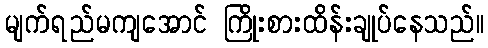
မျက်ရည်မကျအောင် ကြိုးစားထိန်းချုပ်နေသည်။